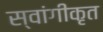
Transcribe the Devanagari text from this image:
स्वांगीकृत